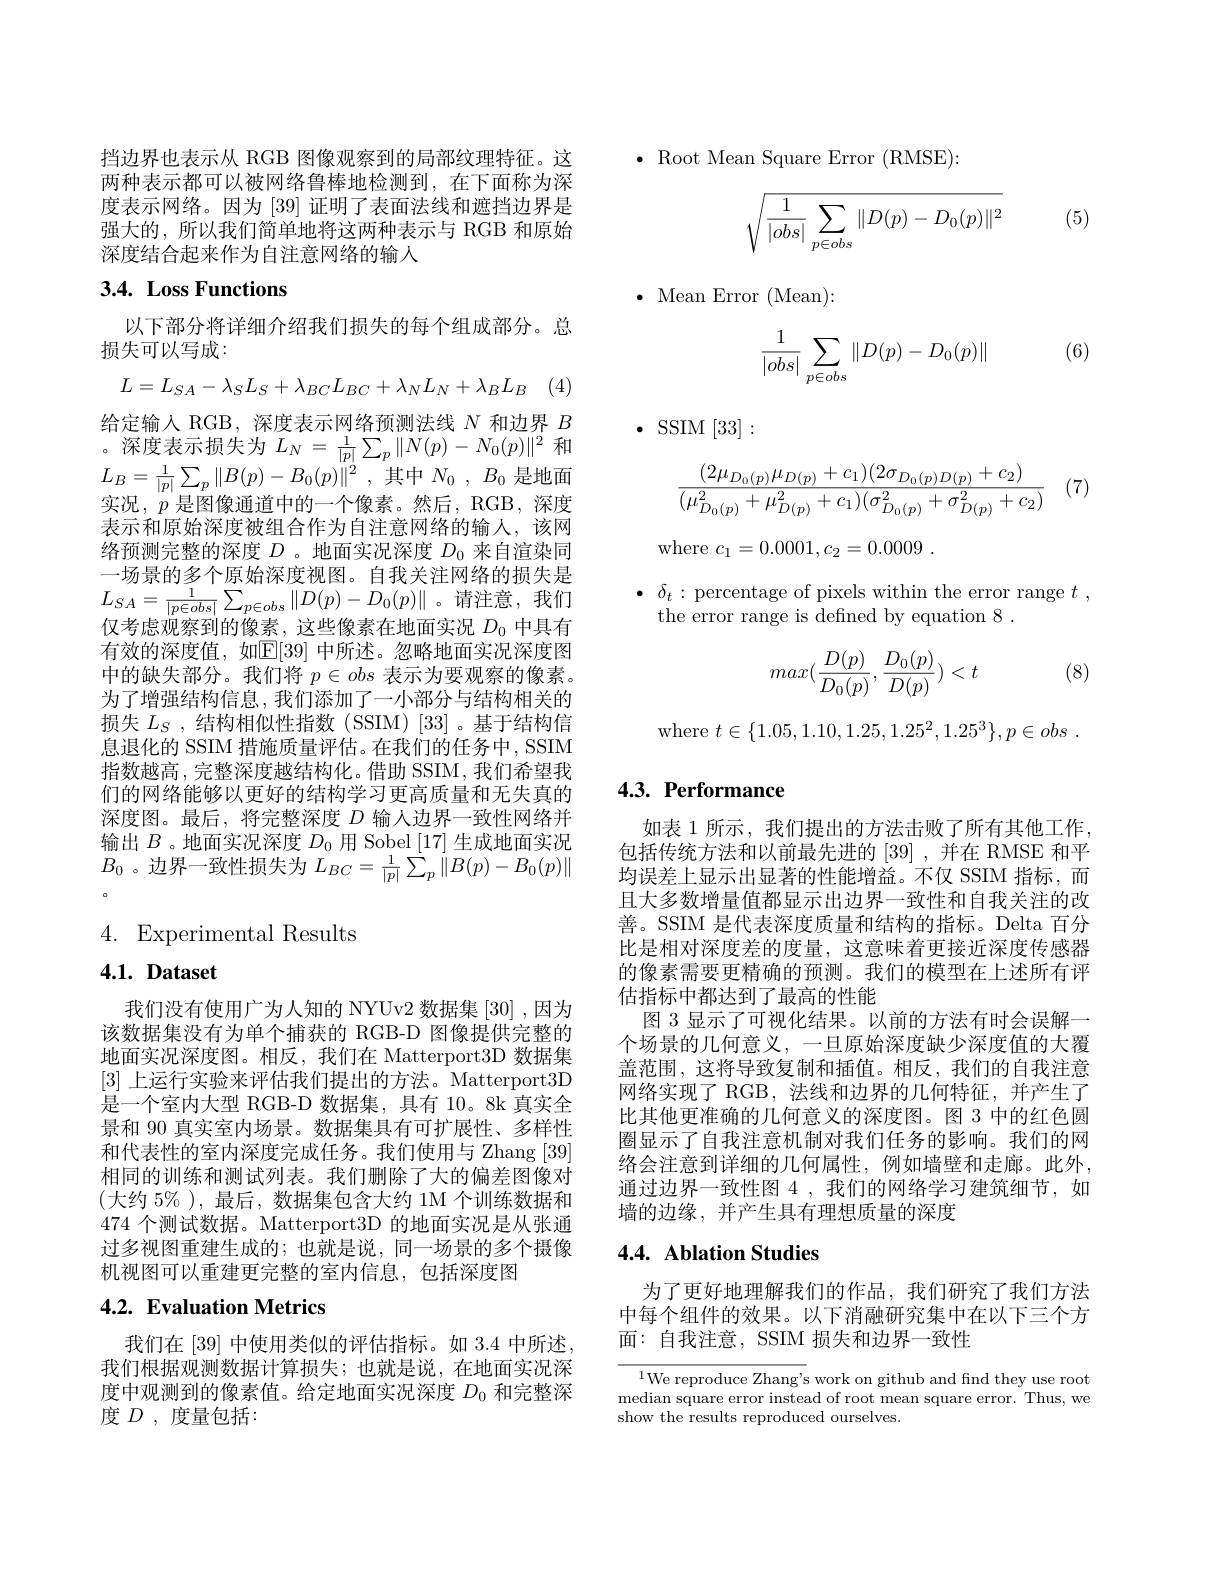
挡边界也表示从 RGB 图像观察到的局部纹理特征。这两种表示都可以被网络鲁棒地检测到，在下面称为深度表示网络。因为[39]证明了表面法线和遮挡边界是强大的，所以我们简单地将这两种表示与 RGB 和原始深度结合起来作为自注意网络的输人

# 3.4. Loss Functions

以下部分将详细介绍我们损失的每个组成部分。总
损失可以写成：

(4)
$$L=L_{SA}-\lambda_{S}L_{S}+\lambda_{BC}L_{BC}+\lambda_{N}L_{N}+\lambda_{B}L_{B}$$
给定输人 RGB, 深度表示网络预测法线$N$和边界$B$ 。深度表示损失为$L_N=\frac1{|p|}\sum_p\|N(p)-N_0(p)\|^2$ 和${\mathcal{L} }_{B}= \frac 1{| p| }\sum _{p}\| B( p) - B_{0}( p) \| ^{2}$ ,其中$N_{0}$ , $B_{0}$是地面实况，$p$是图像通道中的一个像素。然后，RGB,深度表示和原始深度被组合作为自注意网络的输人，该网络预测完整的深度$D$ 。地面实况深度$D_0$来自渲染同一场景的多个原始深度视图。自我关注网络的损失是$L_{SA}=\frac{1}{|p\in obs|}\sum_{p\in obs}\|D(p)-D_{0}(p)\|$。请注意，我们仅考虑观察到的像素，这些像素在地面实况$D_{0}$中具有有效的深度值，如$\mathbb{E}[39]$ 中所述。忽略地面实况深度图中的缺失部分。我们将$p\in obs$表示为要观察的像素。为了增强结构信息，我们添加了一小部分与结构相关的损失$L_S$,结构相似性指数 (SSIM)[33]。基于结构信息退化的 SSIM 措施质量评估。在我们的任务中，SSIM 指数越高，完整深度越结构化。借助 SSIM, 我们希望我们的网络能够以更好的结构学习更高质量和无失真的深度图。最后，将完整深度$D$输人边界一致性网络并输出$B$ 。地面实况深度$D_0$用 Sobel [17]生成地面实况$B_{0}$ 。边界一致性损失为$L_BC=\frac1{|p|}\sum_p\|B(p)-B_0(p)\|$

4. Experimental Results

4.1. Dataset

我们没有使用广为人知的 NYUv2 数据集 [30] ,因为该数据集没有为单个捕获的 RGB-D 图像提供完整的地面实况深度图。相反，我们在 Matterport3D 数据集[3]上运行实验来评估我们提出的方法。Matterport3D 是一个室内大型 RGB-D 数据集，具有 10。8k 真实全景和 90 真实室内场景。数据集具有可扩展性、多样性和代表性的室内深度完成任务。我们使用与 Zhang [39] 相同的训练和测试列表。我们删除了大的偏差图像对(大约 5% ), 最后，数据集包含大约 1M 个训练数据和474个测试数据。Matterport3D 的地面实况是从张通过多视图重建生成的；也就是说，同一场景的多个摄像机视图可以重建更完整的室内信息，包括深度图

## 4.2. Evaluation Metrics

我们在[39]中使用类似的评估指标。如3.4中所述我们根据观测数据计算损失；也就是说，在地面实况深度中观测到的像素值。给定地面实况深度$D_{0}$和完整深度$D$,度量包括：

$\bullet$ Root Mean Square Error (RMSE):

(5)
$$\sqrt{\dfrac{1}{|obs|}\sum\limits_{p\in obs}\|D(p)-D_0(p)\|^2}$$
$\bullet$ Mean Error (Mean):

(6)
$$\dfrac{1}{|obs|}\sum\limits_{p\in obs}\|D(p)-D_0(p)\|$$
$\cdot$ SSIM [ 33] :

(7)
$$\dfrac{(2\mu_{D_0(p)}\mu_{D(p)}+c_1)(2\sigma_{D_0(p)D(p)}+c_2)}{(\mu_{D_0(p)}^2+\mu_{D(p)}^2+c_1)(\sigma_{D_0(p)}^2+\sigma_{D(p)}^2+c_2)}$$
where $c_1=0.0001,c_2=0.0009$

$\bullet$ $\delta _{t}:$percentage of pixels within the error range $t$ ,
the error range is defined by equation 8 .
$$max(\frac{D(p)}{D_0(p)},\frac{D_0(p)}{D(p)})<t$$
(8)
$$t\in\{1.05,1.10,1.25,1.25^{2},1.25^{3}\},p\in obs\:.$$
## 4.3. Performance

如表 1 所示 , 我们提出的方法击败了所有其他工作， 包括传统方法和以前最先进的 [39] ,并在 RMSE 和平均误差上显示出显著的性能增益。不仅 SSIM 指标，而且大多数增量值都显示出边界一致性和自我关注的改善。SSIM 是代表深度质量和结构的指标。Delta 百分比是相对深度差的度量，这意味着更接近深度传感器的像素需要更精确的预测。我们的模型在上述所有评估指标中都达到了最高的性能
图 3 显示了可视化结果。以前的方法有时会误解一个场景的几何意义，一旦原始深度缺少深度值的大覆盖范围，这将导致复制和插值。相反，我们的自我注意网络实现了 RGB,法线和边界的几何特征，并产生了比其他更准确的几何意义的深度图。图 3 中的红色圆圈显示了自我注意机制对我们任务的影响。我们的网络会注意到详细的几何属性，例如墙壁和走廊。此外， 通过边界一致性图 4 ,我们的网络学习建筑细节，如墙的边缘，并产生具有理想质量的深度

## 4.4. Ablation Studies

为了更好地理解我们的作品，我们研究了我们方法中每个组件的效果。以下消融研究集中在以下三个方面：自我注意，SSIM 损失和边界一致性

$^{1}$We reproduce Zhang's work on github and find they use root median square error instead of root mean square error. Thus, we show the results reproduced ourselves.